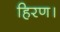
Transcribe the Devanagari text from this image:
हिरण।